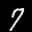
Label: 7